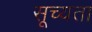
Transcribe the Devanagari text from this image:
सूच्यता